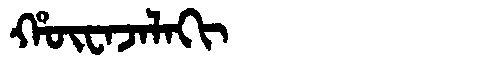
Manchu: ᡥᡡᠸᠠᠵᠠᠯᠠᡴᡳ
Romanization: HŪWAJALAKI